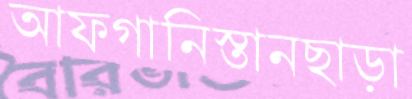
আফগানিস্তানছাড়া